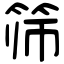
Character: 筛